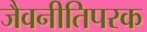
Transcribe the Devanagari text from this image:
जैवनीतिपरक